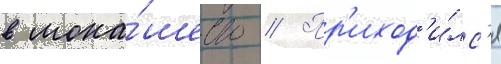
в мона́шество // Пр'иход'и́лс'я